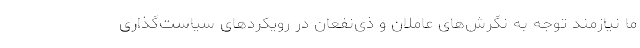
ما نیازمند توجه به نگرش‌های عاملان و ذی‌نفعان در رویکردهای سیاست‌گذاری